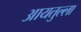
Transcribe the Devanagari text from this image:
आयतुल्ला